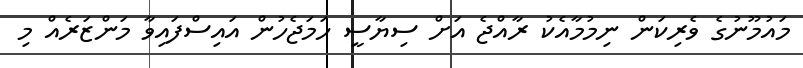
މައުމޫނުގެ ވެރިކަން ނިމުމާއެކު ރާއްޖެ އަށް ސިޔާސީ ހަމަޖެހުން އައިސްފައިވާ މަންޒަރެއް މި